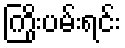
ကြိုးပမ်းရင်း